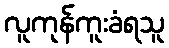
လူကုန်ကူးခံရသူ